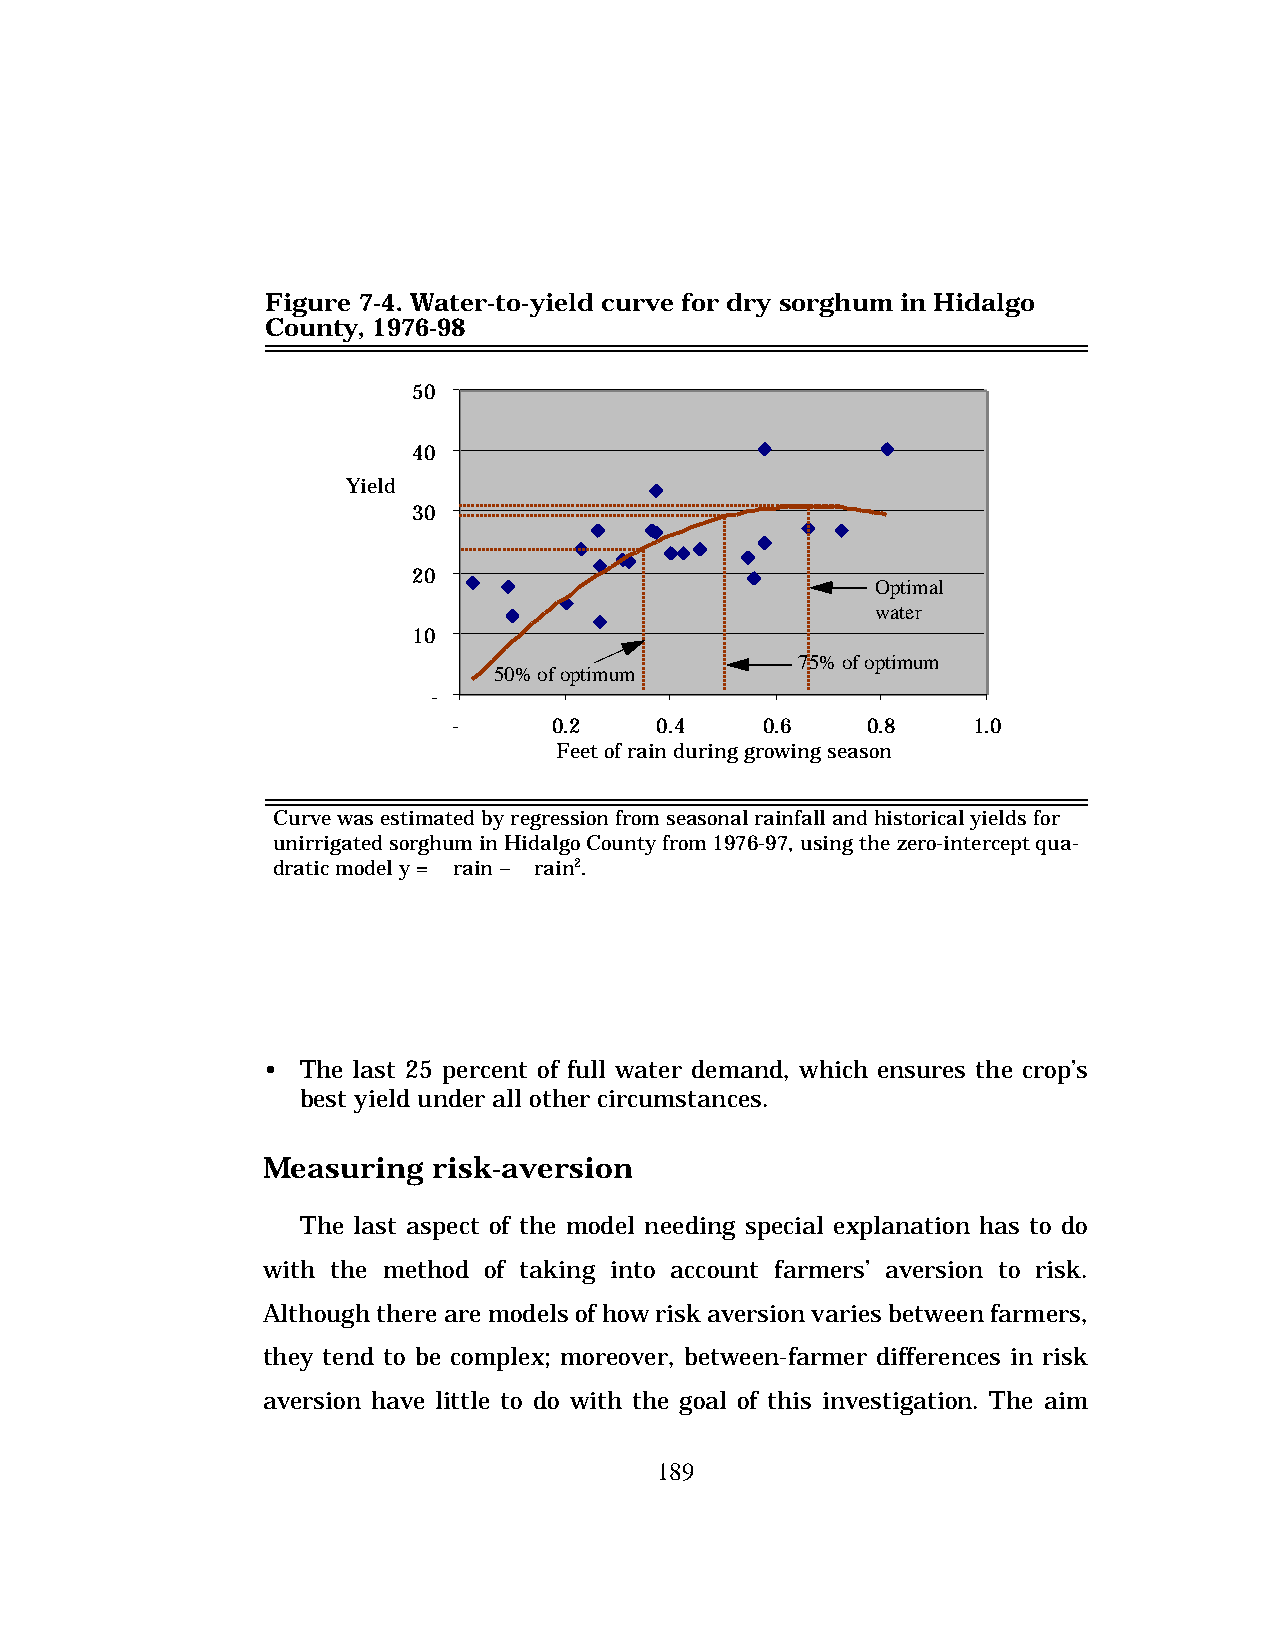
Figure 7-4. Water-to-yield curve for dry sorghum in Hidalgo
 County, 1976-98
 50
 40
 Yield
 30
 20
 Optimal
 water
 10
 75% of optimum
 50% of optimum
 -
 -      0.2   0.4    0.6    0.8    1.0
 Feet of rain during growing season
 Curve was estimated by regression from seasonal rainfall and historical yields for
 unirrigated sorghum in Hidalgo County from 1976-97, using the zero-intercept qua-
 dratic model y = a rain – b rain2.
 •  The last 25 percent of full water demand, which ensures the crop’s
 best yield under all other circumstances.
 Measuring   risk-aversion
 The last aspect of the model needing special explanation has to do
 with the method of taking into account farmers’ aversion to risk.
 Although there are models of how risk aversion varies between farmers,
 they tend to be complex; moreover, between-farmer differences in risk
 aversion have little to do with the goal of this investigation. The aim
 189